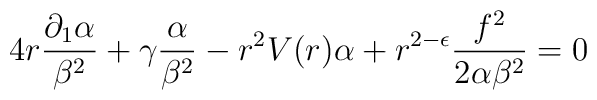
4r \frac{\partial_1 \alpha}{\beta^2} + \gamma\frac{\alpha}{\beta^2} - r^2 V(r) \alpha + r^{2 - \epsilon} \frac{f^2}{2 \alpha \beta^2}    = 0